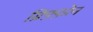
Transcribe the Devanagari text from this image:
ग्रिफ़्फ़ोन